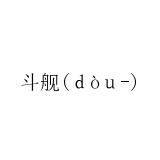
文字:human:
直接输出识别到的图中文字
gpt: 斗舰(ｄòｕ-)